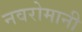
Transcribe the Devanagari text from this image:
नवरोमानी